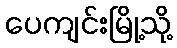
ပေကျင်းမြို့သို့